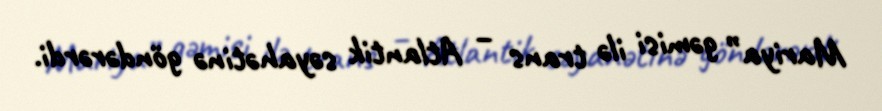
Mariya” gəmisi ilə trans – Atlantik səyahətinə göndərərdi.